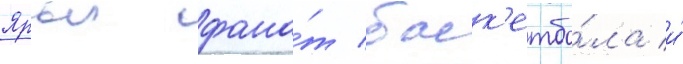
Ярыи фана́т баск'етбо́ла и́